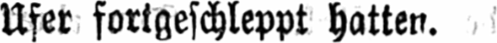
Ufer fortgeschleppt hatten.